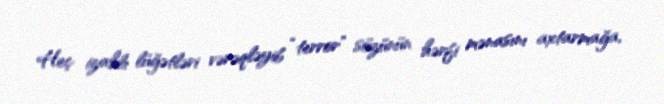
Heç izahlı lüğətləri vərəqləyib “terror” sözünün hərfi mənasını axtarmağa,